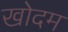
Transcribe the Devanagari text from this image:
खोदम